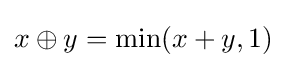
x\oplus y=\min(x+y,1)